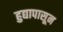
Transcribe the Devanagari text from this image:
हुद्यापासून